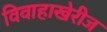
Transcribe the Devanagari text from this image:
विवाहाखेरीज